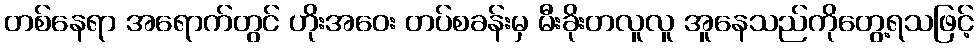
တစ်နေရာ အရောက်တွင် ဟိုးအဝေး တပ်စခန်းမှ မီးခိုးတလူလူ အူနေသည်ကိုတွေ့ရသဖြင့်